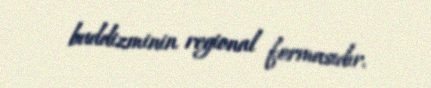
buddizminin regional formasıdır.